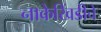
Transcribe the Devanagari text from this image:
नाकेखिंडीचे